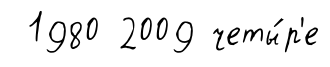
1980 2009 четы́р'е